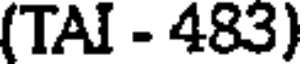
(TAI - 483)